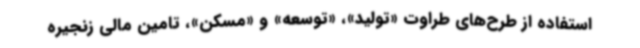
استفاده از طرح‌های طراوت «تولید»، «توسعه» و «مسکن»، تامین مالی زنجیره